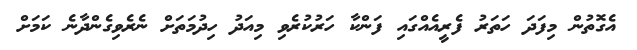
އެގޮތުން މިފަދަ ހަތަރު ފެރީއެއްގައި ފަންކާ ހަރުކުރެވި މިއަދު ހިދުމަތަށް ނެރެވިގެންދާނެ ކަމަށް